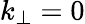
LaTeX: k_{\perp}=0